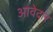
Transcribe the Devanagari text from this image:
आवेदार